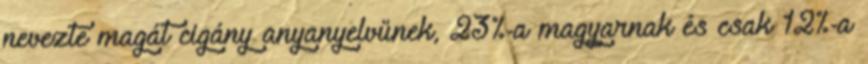
nevezte magát cigány anyanyelvűnek, 23%-a magyarnak és csak 12%-a